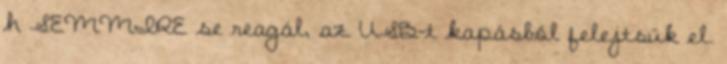
h SEMMIRE se reagál, az USB-t kapásból felejtsük el.